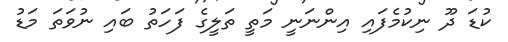
ކުޑަ ދޫ ނިކުމެފައި އިންނަނީ މަތީ ތަލީގެ ފަހަތު ބައި ނުވަތަ މަޑު